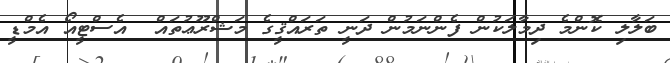
ބަލާލި ކޮންމެ ދިމާލަކުން ފެންނަމުން ދަނީ ތަރައްޤީގެ މަޝްރޫޢުތައް  އެސްޓީއޯ އެމްޑީ